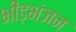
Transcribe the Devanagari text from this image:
भीड़भंजन